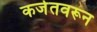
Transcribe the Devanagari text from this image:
कर्जतवरून